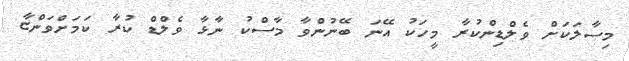
މިސާލަކަށް ވެލްޑިންކުރާ މީހަކު އޭނަ ބޭނުންވާ މާސްކު ނާޅާ ވެލްޑް ކުރާ ކަމަށްވަންޏާ